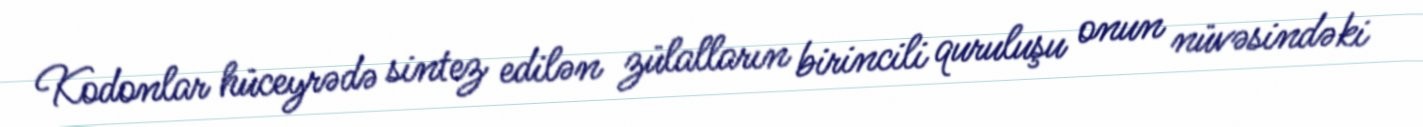
Kodonlar hüceyrədə sintez edilən zülalların birincili quruluşu onun nüvəsindəki